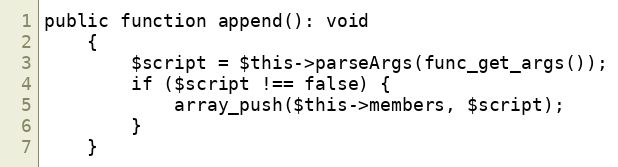
Language: PHP
public function append(): void
    {
        $script = $this->parseArgs(func_get_args());
        if ($script !== false) {
            array_push($this->members, $script);
        }
    }